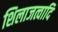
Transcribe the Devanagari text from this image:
शिलाजत्वादि